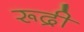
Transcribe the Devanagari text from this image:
रूद्री